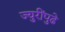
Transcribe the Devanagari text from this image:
ज्युरींपुढे